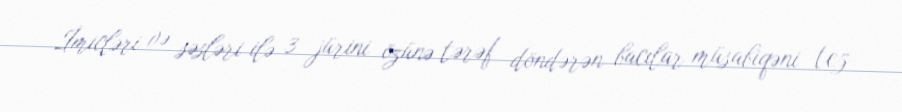
İmicləri və səsləri ilə 3 jürini özünə tərəf döndərən bacılar müsabiqəni tez